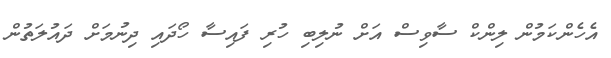
އެހެންކަމުން ލިންކް ސާވިސް އަށް ނުލިބި ހުރި ފައިސާ ހޯދައި ދިނުމަށް ދައުލަތުން